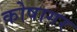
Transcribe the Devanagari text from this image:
कोषागर